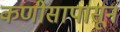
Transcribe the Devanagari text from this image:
कणीसापासून